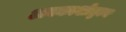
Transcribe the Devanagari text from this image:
अवकाशोड्डान